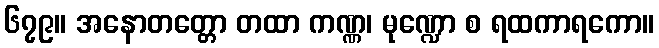
၆၇၉။ အနောတတ္တော တထာ ကဏ္ဏ၊ မုဏ္ဍော စ ရထကာရကော။